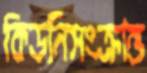
কিডনিসংক্রান্ত